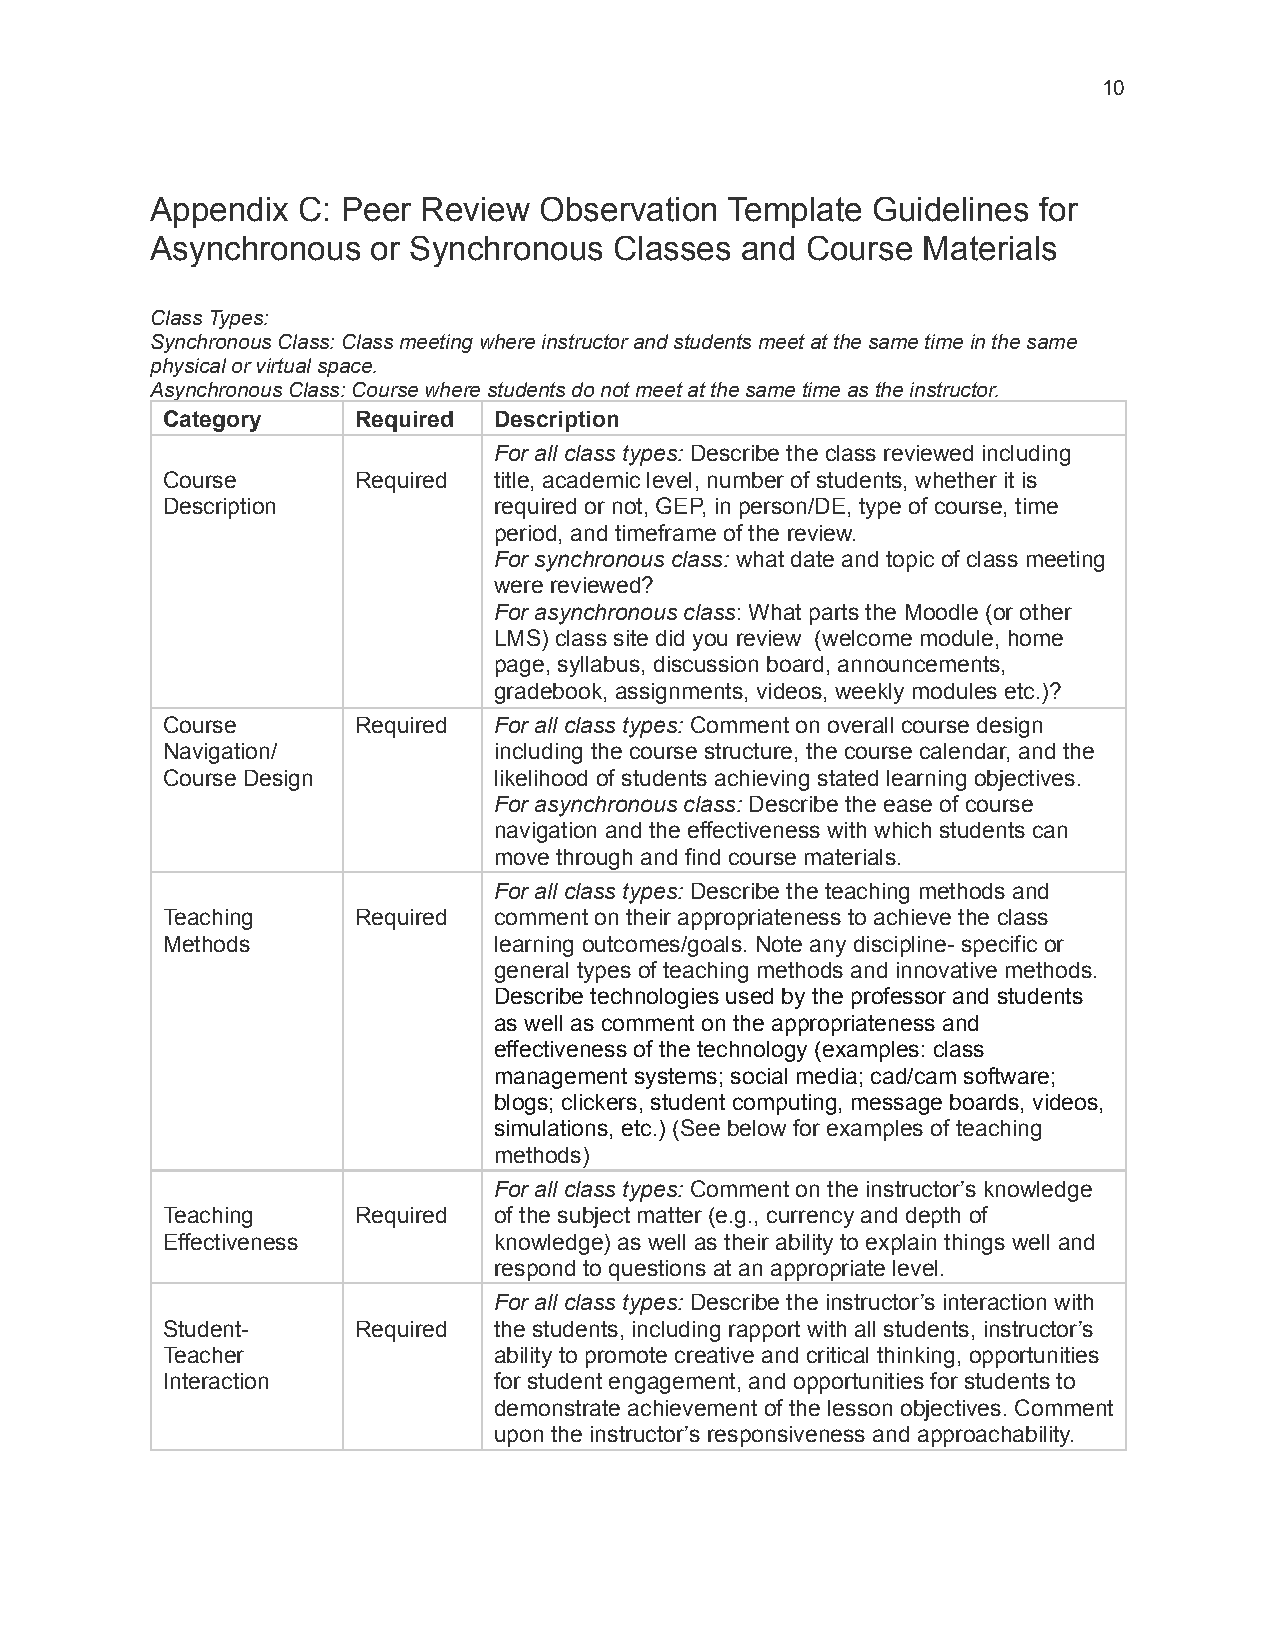
10
 Appendix  C: Peer Review  Observation Template  Guidelines for
 Asynchronous   or Synchronous  Classes and Course  Materials
 Class Types:
 Synchronous Class: Class meeting where instructorand students meet at the same time in the same
 physical or virtual space.
 Asynchronous Class: Course where students do not meetat the same time as the instructor.
 Category    Required  Description
 For all class types: Describe the class reviewed including
 Course      Required  title, academic level, number of students, whether it is
 Description           required or not, GEP, in person/DE, type of course, time
 period, and timeframe of the review.
 For synchronous class: what date and topic of class meeting
 were reviewed?
 For asynchronous class: What parts the Moodle (or other
 LMS) class site did you review (welcome module, home
 page, syllabus, discussion board, announcements,
 gradebook, assignments, videos, weekly modules etc.)?
 Course      Required  For all class types: Comment on overall course design
 Navigation/           including the course structure, the course calendar, and the
 Course Design         likelihood of students achieving stated learning objectives.
 For asynchronous class: Describe the ease of course
 navigation and the effectiveness with which students can
 move through and find course materials.
 For all class types: Describe the teaching methods and
 Teaching    Required  comment on their appropriateness to achieve the class
 Methods               learning outcomes/goals. Note any discipline- specific or
 general types of teaching methods and innovative methods.
 Describe technologies used by the professor and students
 as well as comment on the appropriateness and
 effectiveness of the technology (examples: class
 management systems; social media; cad/cam software;
 blogs; clickers, student computing, message boards, videos,
 simulations, etc.) (See below for examples of teaching
 methods)
 For all class types: Comment on the instructor’s knowledge
 Teaching    Required  of the subject matter (e.g., currency and depth of
 Effectiveness         knowledge) as well as their ability to explain things well and
 respond to questions at an appropriate level.
 For all class types: Describe the instructor’s interaction with
 Student-    Required  the students, including rapport with all students, instructor’s
 Teacher               ability to promote creative and critical thinking, opportunities
 Interaction           for student engagement, and opportunities for students to
 demonstrate achievement of the lesson objectives. Comment
 upon the instructor’s responsiveness and approachability.